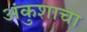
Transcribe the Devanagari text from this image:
अंकुशाचा